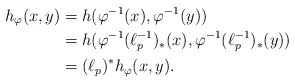
\begin{align*}h_\varphi(x,y)&= h(\varphi^{-1}(x), \varphi^{-1}(y)) \\&= h(\varphi^{-1}(\ell_p^{-1})_*(x), \varphi^{-1}(\ell_p^{-1})_*(y))\\&= (\ell_p)^*h_\varphi(x,y).\end{align*}